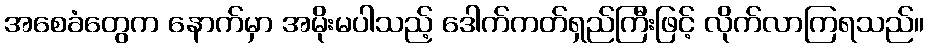
အစေခံတွေက နောက်မှာ အမိုးမပါသည့် ဒေါက်ကတ်ရှည်ကြီးဖြင့် လိုက်လာကြရသည်။